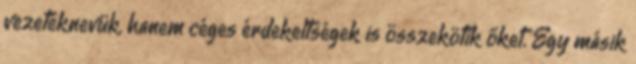
vezetéknevük, hanem céges érdekeltségek is összekötik őket. Egy másik